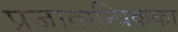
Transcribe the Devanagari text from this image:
प्रजातान्त्रिकका